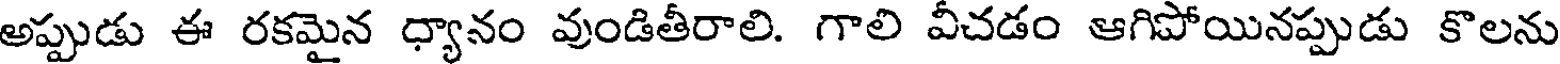
అప్పుడు ఈ రకమైన ధ్యానం వుండితీరాలి. గాలి వీచడం ఆగిపోయినప్పుడు కొలను